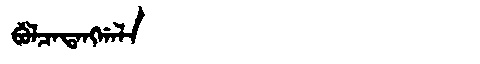
Manchu: ᠪᡠᠯᠴᠠᡨᠠᠩᡤᠠᠯᠠ
Romanization: BULCATANGGALA